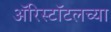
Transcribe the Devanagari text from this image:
ॲरिस्टॉटलच्या